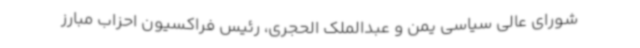
شورای عالی سیاسی یمن و عبدالملک الحجری، رئیس فراکسیون احزاب مبارز